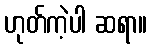
ဟုတ်ကဲ့ပါ ဆရာ။